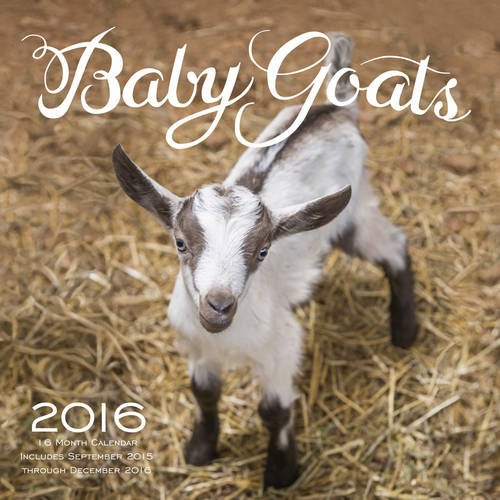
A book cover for Baby Goats 2016: 16-Month Calendar September 2015 through December 2016; Editors of Rock Point; Calendars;